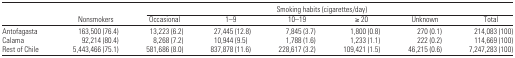
|  |  | <COLSPAN=6> Smoking habits (cigarettes/day) |
 |  | Nonsmokers | Occasional | 1–9 | 10–19 | ≥ 20 | Unknown | Total |
 | --- | --- | --- | --- | --- | --- | --- | --- |
 | Antofagasta | 163,500 (76.4) | 13,223 (6.2) | 27,445 (12.8) | 7,845 (3.7) | 1,800 (0.8) | 270 (0.1) | 214,083 (100) |
 | Calama | 92,214 (80.4) | 8,268 (7.2) | 10,944 (9.5) | 1,788 (1.6) | 1,233 (1.1) | 222 (0.2) | 114,669 (100) |
 | Rest of Chile | 5,443,466 (75.1) | 581,686 (8.0) | 837,878 (11.6) | 228,617 (3.2) | 109,421 (1.5) | 46,215 (0.6) | 7,247,283 (100) |